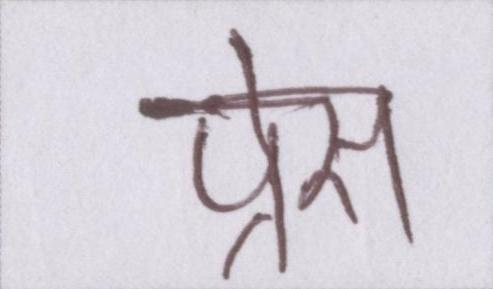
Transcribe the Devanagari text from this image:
प्रेस